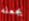
يجعله